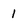
Character: 1